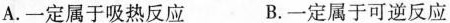
A.一定属于吸热反应 B.一定属于可逆反应